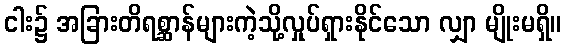
ငါး၌ အခြားတိရစ္ဆာန်များကဲ့သို့လှုပ်ရှားနိုင်သော လျှာ မျိုးမရှိ။